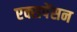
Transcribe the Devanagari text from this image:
एक्सपेंसन